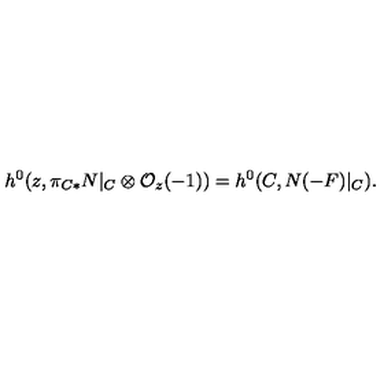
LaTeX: h ^ { 0 } ( z , \pi _ { C * } N | _ { C } \otimes { \cal O } _ { z } ( - 1 ) ) = h ^ { 0 } ( C , N ( - F ) | _ { C } ) .